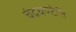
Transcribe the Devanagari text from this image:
चंद्रघण्टेति